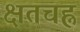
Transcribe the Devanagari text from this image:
क्षतचह्न